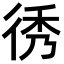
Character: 𢓵